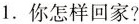
1.你怎样回家？